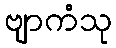
ဗျာကံသု